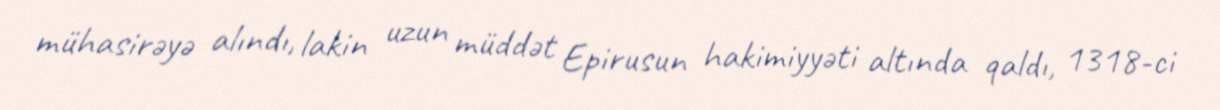
mühasirəyə alındı, lakin uzun müddət Epirusun hakimiyyəti altında qaldı, 1318-ci